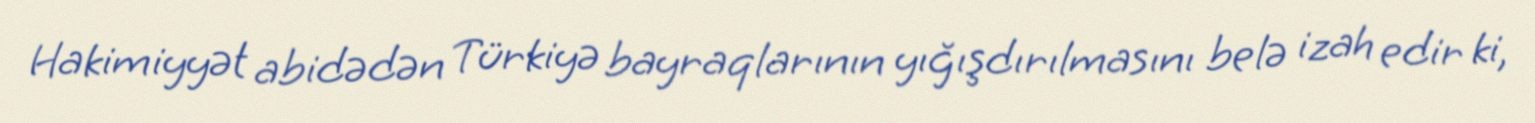
Hakimiyyət abidədən Türkiyə bayraqlarının yığışdırılmasını belə izah edir ki,